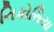
નિકોસિયા